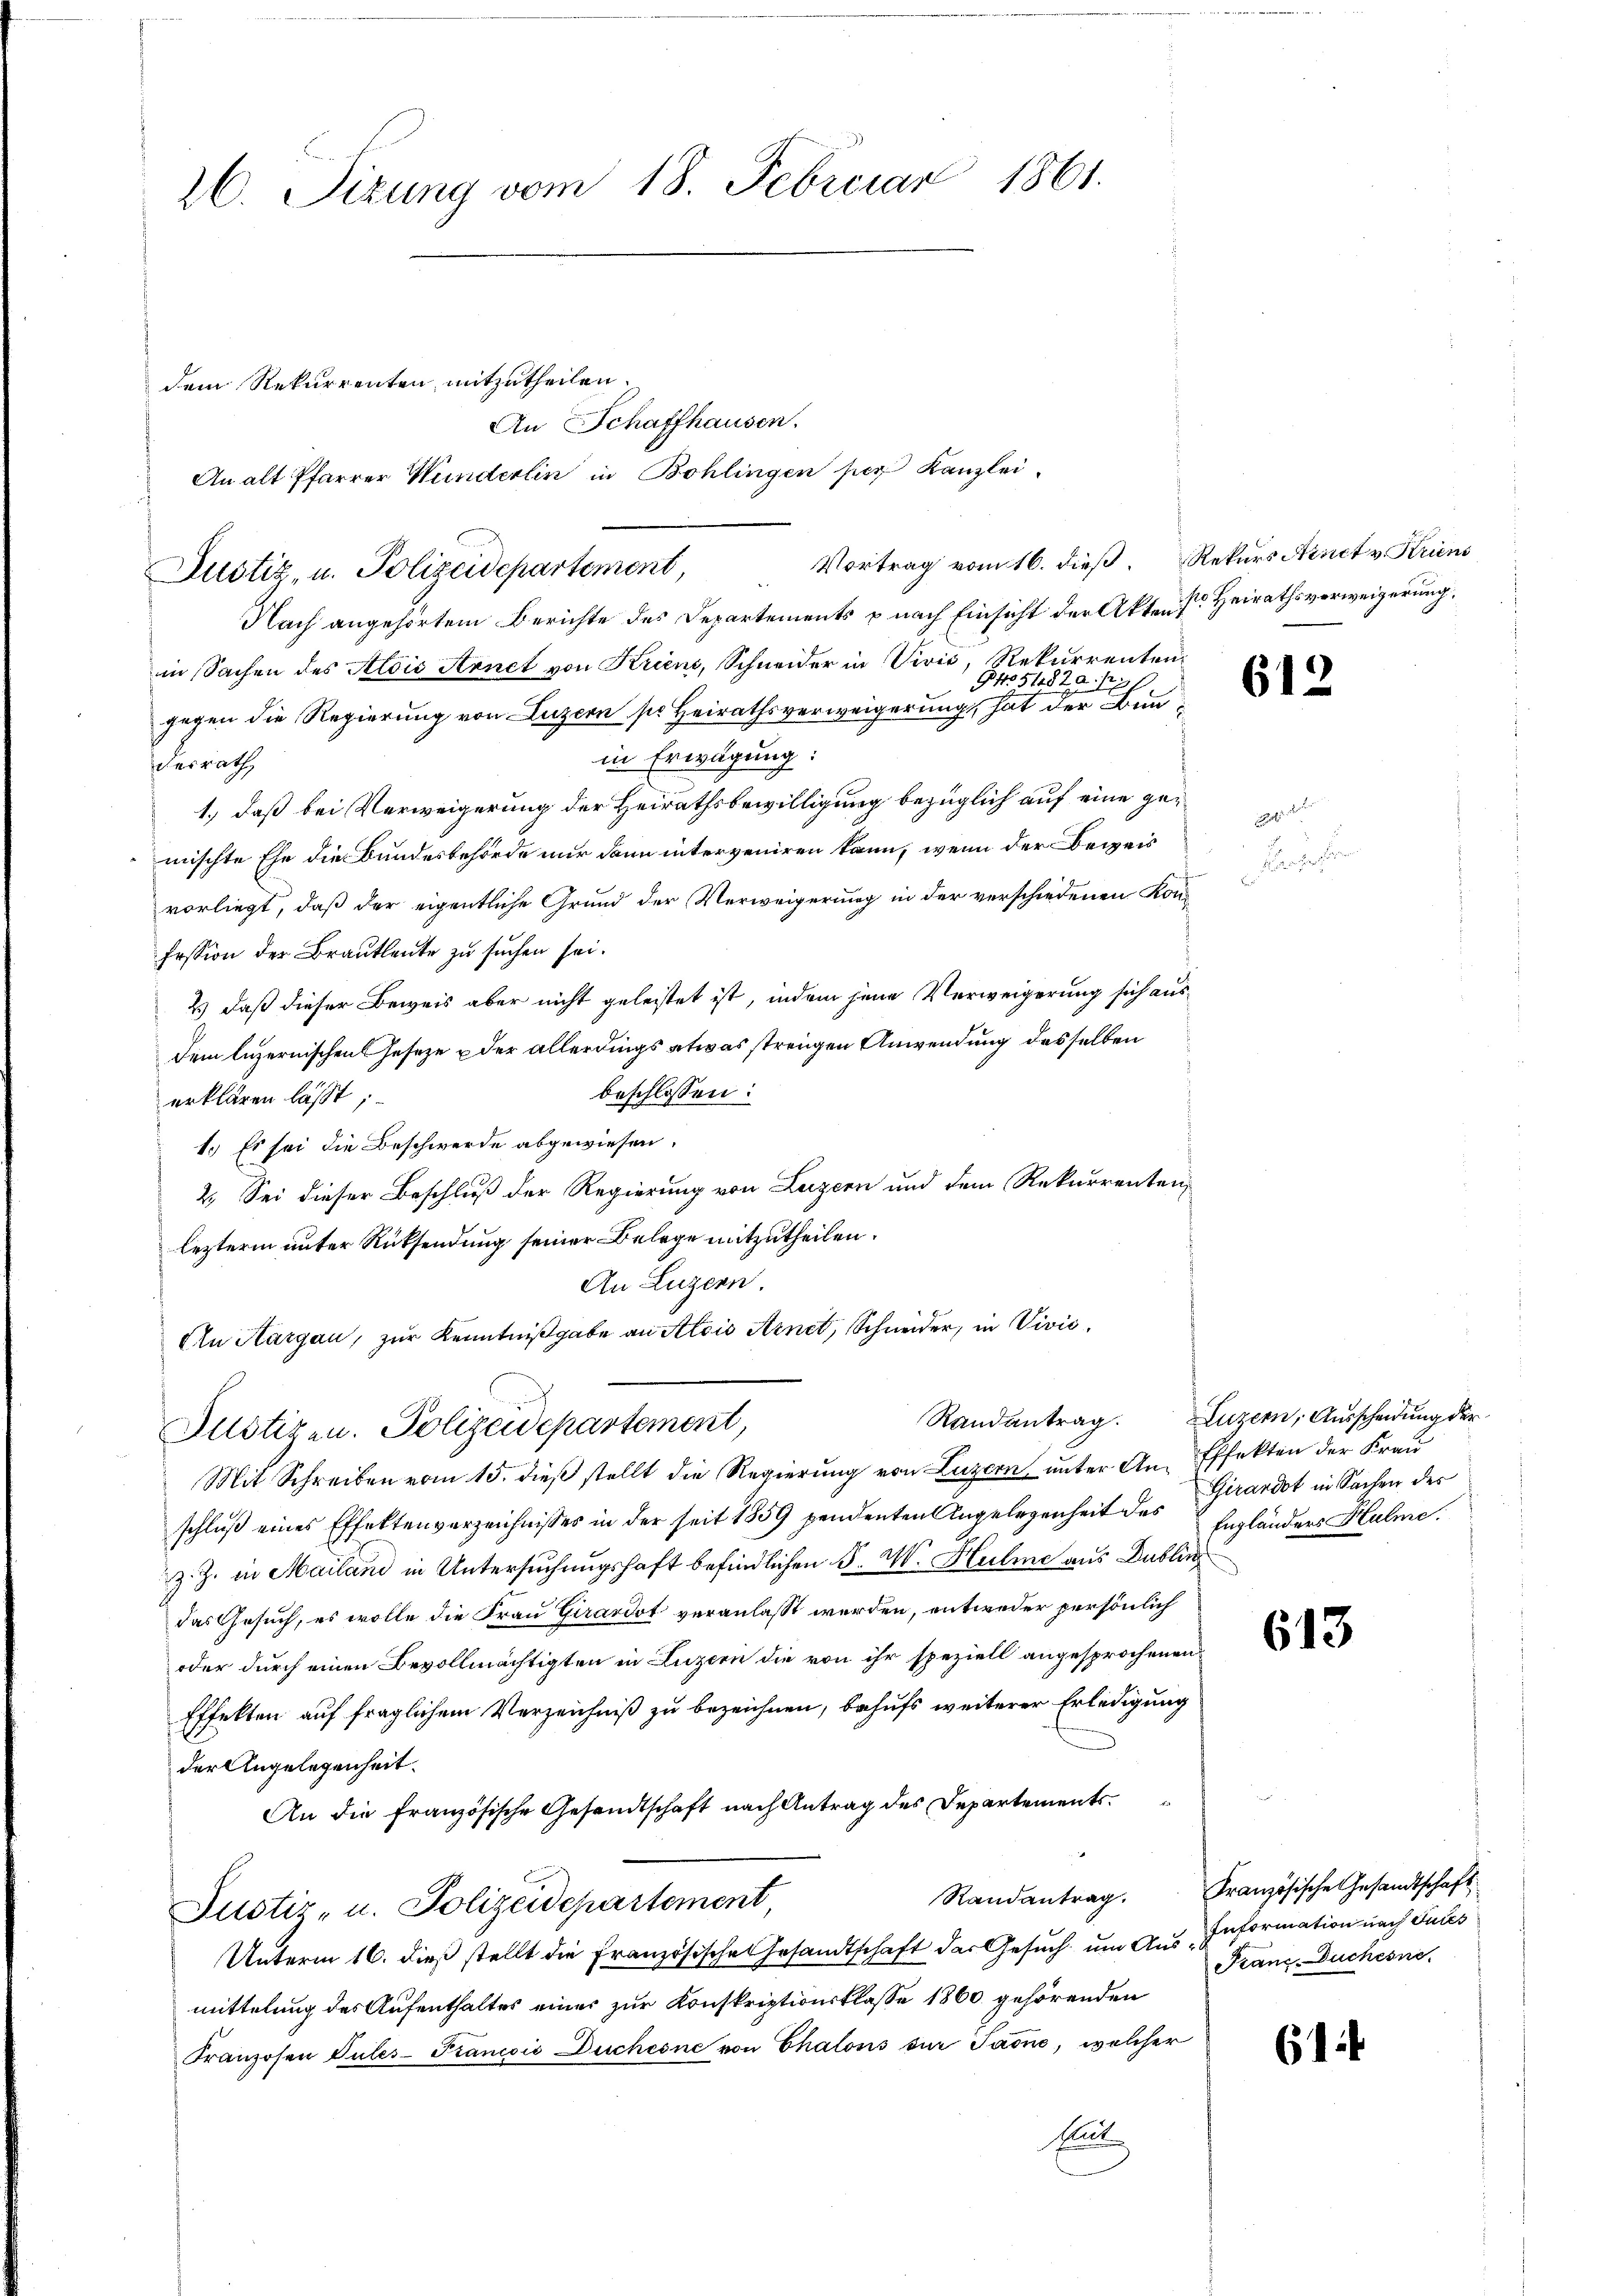
26. Sizung vom 18. Februar 1861.

Vortrag vom 16. dieß. Rekurs Arnet v. Kriens
Nach angehörtem Berichte des Departements & nach Einsicht der Akten sr Heirathsverweigerung,
in Sachen des Alois Arnet von Kriens, Schneider in Vivić, Rekurrenten.
GNo. 5482 a. p. 1.
gegen die Regierung von Luzern ser Heirathsverweigerung, hat der Bunin Erwägung:
desrath
1.) daß bei Verweigerung der Heirathsbewilligung bezüglich auf eine gemischte Ehe die Bundesbehörde nur dann interveniren kann, wenn der Beweis
vorliegt, daß der eigentliche Grund der Verweigerung in der verschiedenen Konfession der Brautleute zu suchen sei.
2.) daß dieser Beweis aber nicht geleistet ist, indem jene Verweigerung sich ausdem luzernischen Geseze u der allerdings etwas strengen Anwendung desselben
beschlossen:
erklären lässt;
1. Es sei die Beschwerde abgewiesen.
2. Sei dieser Beschluß der Regierung von Luzern und dem Rekurrenten,
lezterm unter Rücksendung seiner Belege mitzutheilen.
An Luzern.
An Aargau, zur Kenntnißgabe an Alois Arnet, Schneider, in Vivis,
Justizen. Polizeidepartement,
Mit Schreiben vom 15. dieß stellt die Regierung von Luzern unter An- Effekten der Frau
schluß eines Effektenverzeichnisses in der seit 1859 pendenten Angelegenheit des Girardot in Sachen der
z. Z. in Mailand in Untersuchungshaft befindlichen F. W. Hulme aus Dublin
das Gesuch, es wolle die Frau Girardot veranlaßt werden, entweder persönlich
oder durch einen Bevollmächtigten in Luzern die von ihr speziell angesprochenen
Effekten auf fraglichem Verzeichniß zu bezeichnen, behufs weiterer Erledigung
der Angelegenheit.
An die französische Gesandtschaft nach Antrag des Departements
Justiz- u. Polizeidepartement,
Unterm 16. dieß stellt die Französische Gesandtschaft des Gesuch um Aus-Information nach Gutes
mittelung des Aufenthaltes einer zur Konskriptionsklasse 1860 gehörenden
Franzosen Pules-Francois Duchesne von Chalons zur Jaone, welcher
Rat

Justiz, u. Polizeidepartement,

dem Rekurrenten, mitzutheilen,

An Schaffhausen.
An alt Pfarrer Wunderlin in Bohlingen per Kanzlei.

2. 2
F

612

Randantrag. Luzern, Ausscheidung der
Engländers Hulme

613

Randantrag. Französische Gesandtschaft
Franc, Duchesne

61